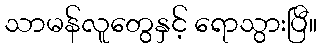
သာမန်လူတွေနှင့် ရောသွားပြီ။